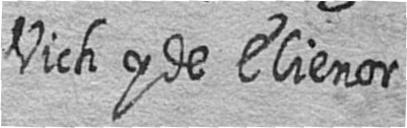
Vich y de Elienor